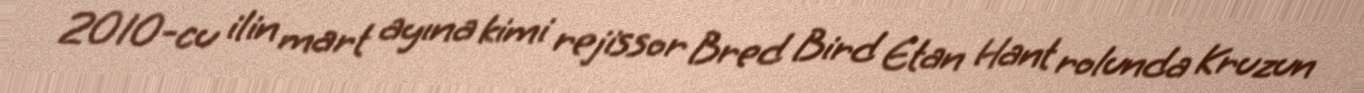
2010-cu ilin mart ayına kimi rejissor Bred Bird Etan Hant rolunda Kruzun